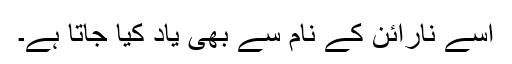
اسے نارائن کے نام سے بھی یاد کیا جاتا ہے۔